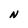
Character: N